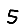
Digit: 5